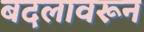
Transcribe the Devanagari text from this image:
बदलावरून